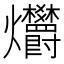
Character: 𤓭